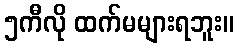
၅ကီလို ထက်မများရဘူး။